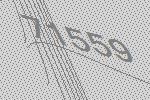
71559